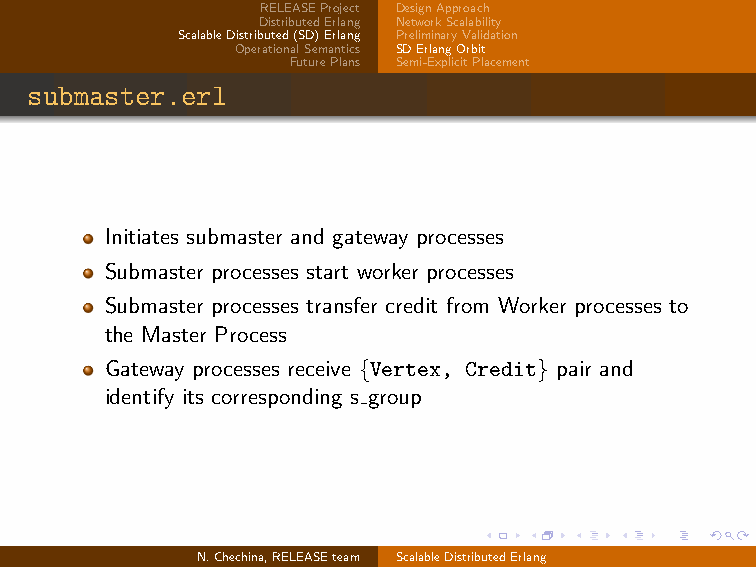
RELEASEProject DesignApproach
 DistributedErlang NetworkScalability
 ScalableDistributed(SD)Erlang PreliminaryValidation
 OperationalSemantics SDErlangOrbit
 FuturePlans Semi-ExplicitPlacement
 submaster.erl
 Initiates submaster and gateway processes
 Submaster processes start worker processes
 Submaster processes transfer credit from Worker processes to
 the Master Process
 Gateway processes receive {Vertex, Credit} pair and
 identify its corresponding s group
 N.Chechina,RELEASEteam ScalableDistributedErlang